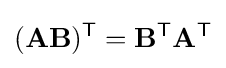
(\mathbf {AB} )^{\mathsf {T}}=\mathbf {B} ^{\mathsf {T}}\mathbf {A} ^{\mathsf {T}}